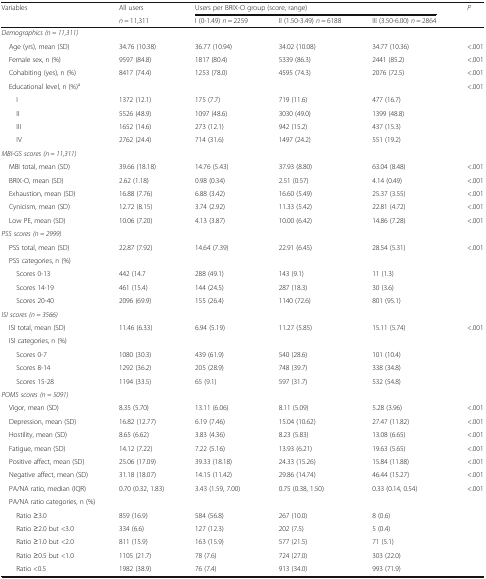
<table><thead><tr><td rowspan="2"><b>Variables</b></td><td><b>All users</b></td><td colspan="3"><b>Users per BRIX-O group (score, range)</b></td><td rowspan="2"><b><i>P</i></b></td></tr><tr><td><b><i>n</i> = 11,311</b></td><td><b>I (0-1.49) <i>n</i> = 2259</b></td><td><b>II (1.50-3.49) <i>n</i> = 6188</b></td><td><b>III (3.50-6.00) <i>n</i> = 2864</b></td></tr></thead><tbody><tr><td colspan="6"><i>Demographics (n = 11,311)</i></td></tr><tr><td> Age (yrs), mean (SD)</td><td>34.76 (10.38)</td><td>36.77 (10.94)</td><td>34.02 (10.08)</td><td>34.77 (10.36)</td><td>&lt;.001</td></tr><tr><td> Female sex, n (%)</td><td>9597 (84.8)</td><td>1817 (80.4)</td><td>5339 (86.3)</td><td>2441 (85.2)</td><td>&lt;.001</td></tr><tr><td> Cohabiting (yes), n (%)</td><td>8417 (74.4)</td><td>1253 (78.0)</td><td>4595 (74.3)</td><td>2076 (72.5)</td><td>&lt;.001</td></tr><tr><td> Educational level, n (%)<sup>a</sup></td><td></td><td></td><td></td><td></td><td>&lt;.001</td></tr><tr><td>I</td><td>1372 (12.1)</td><td>175 (7.7)</td><td>719 (11.6)</td><td>477 (16.7)</td><td rowspan="4"></td></tr><tr><td>II</td><td>5526 (48.9)</td><td>1097 (48.6)</td><td>3030 (49.0)</td><td>1399 (48.8)</td></tr><tr><td>III</td><td>1652 (14.6)</td><td>273 (12.1)</td><td>942 (15.2)</td><td>437 (15.3)</td></tr><tr><td>IV</td><td>2762 (24.4)</td><td>714 (31.6)</td><td>1497 (24.2)</td><td>551 (19.2)</td></tr><tr><td colspan="6"><i>MBI-GS scores (n = 11,311)</i></td></tr><tr><td> MBI total, mean (SD)</td><td>39.66 (18.18)</td><td>14.76 (5.43)</td><td>37.93 (8.80)</td><td>63.04 (8.48)</td><td>&lt;.001</td></tr><tr><td> BRIX-O, mean (SD)</td><td>2.62 (1.18)</td><td>0.98 (0.34)</td><td>2.51 (0.57)</td><td>4.14 (0.49)</td><td>&lt;.001</td></tr><tr><td> Exhaustion, mean (SD)</td><td>16.88 (7.76)</td><td>6.88 (3.42)</td><td>16.60 (5.49)</td><td>25.37 (3.55)</td><td>&lt;.001</td></tr><tr><td> Cynicism, mean (SD)</td><td>12.72 (8.15)</td><td>3.74 (2.92)</td><td>11.33 (5.42)</td><td>22.81 (4.72)</td><td>&lt;.001</td></tr><tr><td> Low PE, mean (SD)</td><td>10.06 (7.20)</td><td>4.13 (3.87)</td><td>10.00 (6.42)</td><td>14.86 (7.28)</td><td>&lt;.001</td></tr><tr><td colspan="6"><i>PSS scores (n = 2999)</i></td></tr><tr><td> PSS total, mean (SD)</td><td>22.87 (7.92)</td><td>14.64 (7.39)</td><td>22.91 (6.45)</td><td>28.54 (5.31)</td><td>&lt;.001</td></tr><tr><td colspan="5"> PSS categories, n (%)</td><td rowspan="4"></td></tr><tr><td>Scores 0-13</td><td>442 (14.7</td><td>288 (49.1)</td><td>143 (9.1)</td><td>11 (1.3)</td></tr><tr><td>Scores 14-19</td><td>461 (15.4)</td><td>144 (24.5)</td><td>287 (18.3)</td><td>30 (3.6)</td></tr><tr><td>Scores 20-40</td><td>2096 (69.9)</td><td>155 (26.4)</td><td>1140 (72.6)</td><td>801 (95.1)</td></tr><tr><td colspan="6"><i>ISI scores (n = 3566)</i></td></tr><tr><td> ISI total, mean (SD)</td><td>11.46 (6.33)</td><td>6.94 (5.19)</td><td>11.27 (5.85)</td><td>15.11 (5.74)</td><td>&lt;.001</td></tr><tr><td colspan="5"> ISI categories, n (%)</td><td rowspan="4"></td></tr><tr><td>Scores 0-7</td><td>1080 (30.3)</td><td>439 (61.9)</td><td>540 (28.6)</td><td>101 (10.4)</td></tr><tr><td>Scores 8-14</td><td>1292 (36.2)</td><td>205 (28.9)</td><td>748 (39.7)</td><td>338 (34.8)</td></tr><tr><td>Scores 15-28</td><td>1194 (33.5)</td><td>65 (9.1)</td><td>597 (31.7)</td><td>532 (54.8)</td></tr><tr><td colspan="6"><i>POMS scores (n = 5091)</i></td></tr><tr><td> Vigor, mean (SD)</td><td>8.35 (5.70)</td><td>13.11 (6.06)</td><td>8.11 (5.09)</td><td>5.28 (3.96)</td><td>&lt;.001</td></tr><tr><td> Depression, mean (SD)</td><td>16.82 (12.77)</td><td>6.19 (7.46)</td><td>15.04 (10.62)</td><td>27.47 (11.82)</td><td>&lt;.001</td></tr><tr><td> Hostility, mean (SD)</td><td>8.65 (6.62)</td><td>3.83 (4.36)</td><td>8.23 (5.83)</td><td>13.08 (6.65)</td><td>&lt;.001</td></tr><tr><td> Fatigue, mean (SD)</td><td>14.12 (7.22)</td><td>7.22 (5.16)</td><td>13.93 (6.21)</td><td>19.63 (5.65)</td><td>&lt;.001</td></tr><tr><td> Positive affect, mean (SD)</td><td>25.06 (17.09)</td><td>39.33 (18.18)</td><td>24.33 (15.26)</td><td>15.84 (11.88)</td><td>&lt;.001</td></tr><tr><td> Negative affect, mean (SD)</td><td>31.18 (18.07)</td><td>14.15 (11.42)</td><td>29.86 (14.74)</td><td>46.44 (15.27)</td><td>&lt;.001</td></tr><tr><td> PA/NA ratio, median (IQR)</td><td>0.70 (0.32, 1.83)</td><td>3.43 (1.59, 7.00)</td><td>0.75 (0.38, 1.50)</td><td>0.33 (0.14, 0.54)</td><td>&lt;.001</td></tr><tr><td colspan="5"> PA/NA ratio categories, n (%)</td><td rowspan="6"></td></tr><tr><td>Ratio ≥3.0</td><td>859 (16.9)</td><td>584 (56.8)</td><td>267 (10.0)</td><td>8 (0.6)</td></tr><tr><td>Ratio ≥2.0 but &lt;3.0</td><td>334 (6.6)</td><td>127 (12.3)</td><td>202 (7.5)</td><td>5 (0.4)</td></tr><tr><td>Ratio ≥1.0 but &lt;2.0</td><td>811 (15.9)</td><td>163 (15.9)</td><td>577 (21.5)</td><td>71 (5.1)</td></tr><tr><td>Ratio ≥0.5 but &lt;1.0</td><td>1105 (21.7)</td><td>78 (7.6)</td><td>724 (27.0)</td><td>303 (22.0)</td></tr><tr><td>Ratio &lt;0.5</td><td>1982 (38.9)</td><td>76 (7.4)</td><td>913 (34.0)</td><td>993 (71.9)</td></tr></tbody></table>